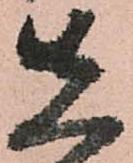
先